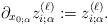
LaTeX: \begin{align*}\partial_{x_{0;\alpha}} z_{i;\alpha}^{(\ell)}:=z_{i;\alpha}^{(\ell)}.\end{align*}